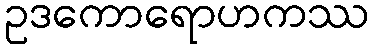
ဥဒကောရောဟကဿ